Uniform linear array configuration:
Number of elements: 16
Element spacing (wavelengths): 0.25
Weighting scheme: cosine
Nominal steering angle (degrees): -60
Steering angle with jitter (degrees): -58.639
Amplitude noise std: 0.05
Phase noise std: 0.05

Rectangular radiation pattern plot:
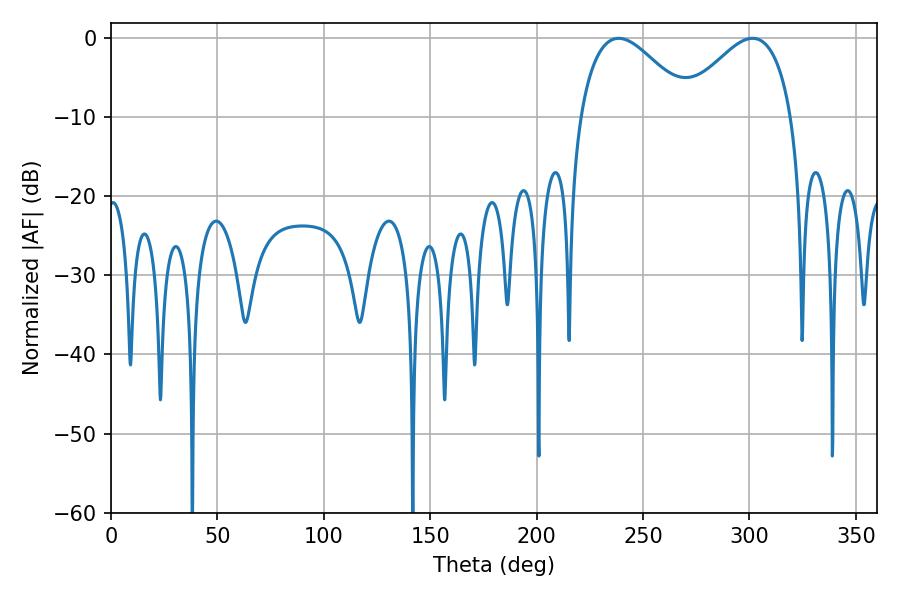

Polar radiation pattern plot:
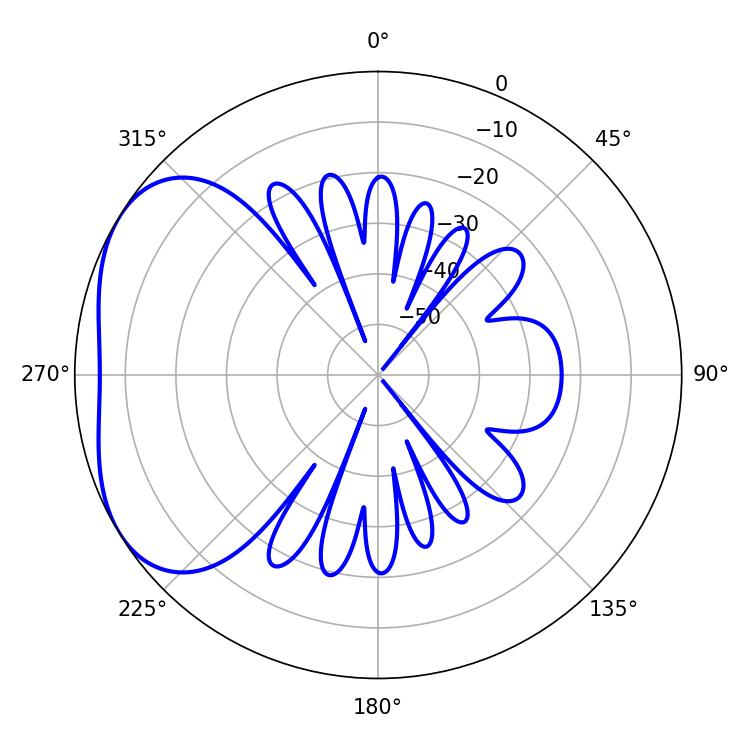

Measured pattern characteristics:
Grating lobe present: FALSE
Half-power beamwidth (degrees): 28.44
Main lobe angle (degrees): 238.5